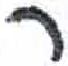
אות: ר